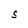
Character: S